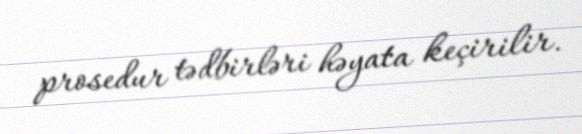
prosedur tədbirləri həyata keçirilir.